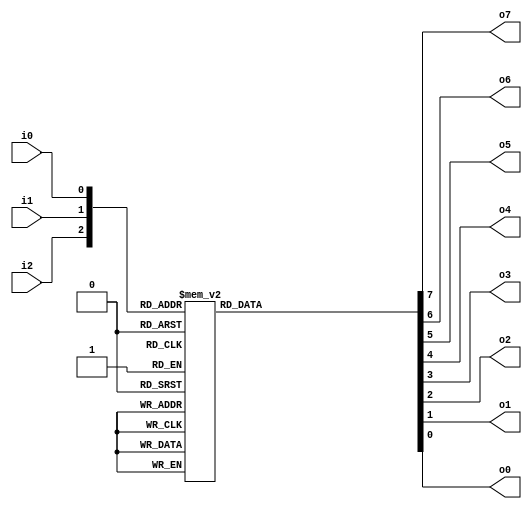
`timescale 1ns / 1ps
//////////////////////////////////////////////////////////////////////////////////
// Company: 
// Engineer: 
// 
// Design Name: 
// Module Name:    B3x8decoder 
// Project Name: 
// Target Devices: 
// Tool versions: 
// Description: 
//
// Dependencies: 
//
// Revision: 
// Revision 0.01 - File Created
// Additional Comments: 
//
//////////////////////////////////////////////////////////////////////////////////
module B3x8decoder(o7,o6,o5,o4,o3,o2,o1,o0,i2,i1,i0
);
input i2,i1,i0;
output o7,o6,o5,o4,o3,o2,o1,o0;
reg  o7,o6,o5,o4,o3,o2,o1,o0;
always@(i2,i1,i0)
begin
case({i2,i1,i0})
3'b000: {o7,o6,o5,o4,o3,o2,o1,o0}=8'b00000001;
3'b001: {o7,o6,o5,o4,o3,o2,o1,o0}=8'b00000010;
3'b010: {o7,o6,o5,o4,o3,o2,o1,o0}=8'b00000100;
3'b011: {o7,o6,o5,o4,o3,o2,o1,o0}=8'b00001000;
3'b100: {o7,o6,o5,o4,o3,o2,o1,o0}=8'b00010000;
3'b101: {o7,o6,o5,o4,o3,o2,o1,o0}=8'b00100000;
3'b110: {o7,o6,o5,o4,o3,o2,o1,o0}=8'b01000000;
3'b111: {o7,o6,o5,o4,o3,o2,o1,o0}=8'b10000000;
default:{o7,o6,o5,o4,o3,o2,o1,o0}=8'bxxxxxxxx;
endcase
end
endmodule